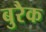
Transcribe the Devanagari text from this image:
बुरैक